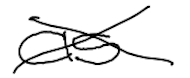
Text: as
Cross-out: cross
Writing tool: digital_black